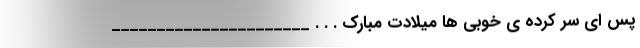
پس ای سر کرده ی خوبی ها میلادت مبارک . . . ______________________